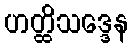
ဟတ္ထိသဒ္ဒေန